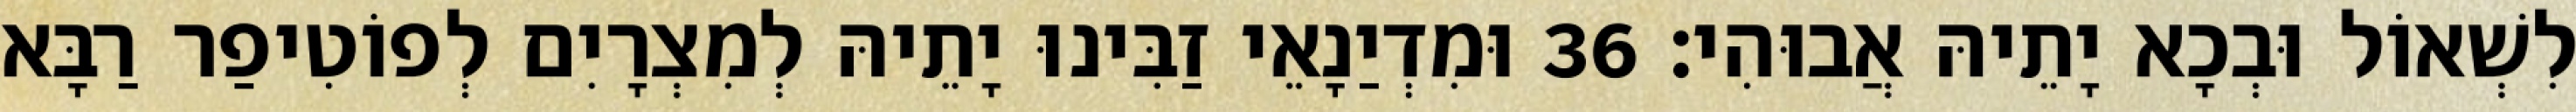
לִשְׁאוֹל וּבְכָא יָתֵיהּ אֲבוּהִי׃ 36 וּמִדְיַנָאֵי זַבִּינוּ יָתֵיהּ לְמִצְרָיִם לְפוֹטִיפַר רַבָּא